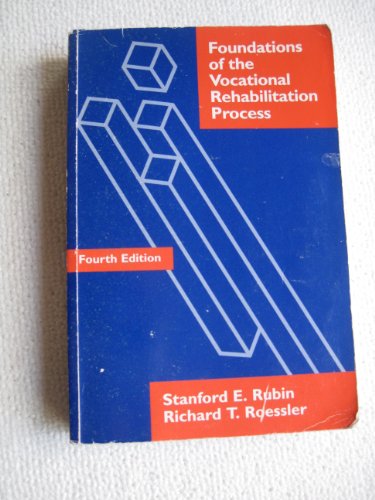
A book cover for Foundations of the Vocational Rehabilitation Process; Rubin Roessler; Education & Teaching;